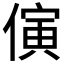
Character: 𪝤